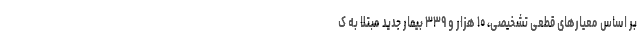
بر اساس معیارهای قطعی تشخیصی، ۱۰ هزار و ۳۳۹ بیمار جدید مبتلا به ک